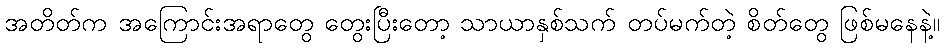
အတိတ်က အကြောင်းအရာတွေ တွေးပြီးတော့ သာယာနှစ်သက် တပ်မက်တဲ့ စိတ်တွေ ဖြစ်မနေနဲ့။